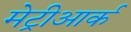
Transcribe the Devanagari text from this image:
मेट्रीआर्क